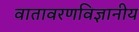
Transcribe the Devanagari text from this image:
वातावरणविज्ञानीय